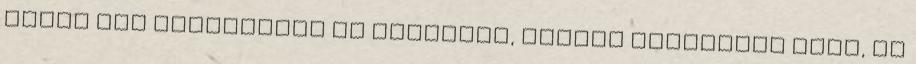
előtt még vitorlázni is lehetett, kiváló lehetőség volt, ki